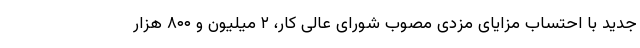
جدید با احتساب مزایای مزدی مصوب شورای عالی کار، ۲ میلیون و ۸۰۰ هزار